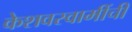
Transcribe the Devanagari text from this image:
केशवस्वामींची